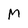
Character: M